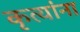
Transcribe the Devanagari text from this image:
कृत्यांना